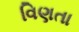
વિણતા